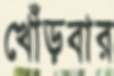
খোঁড়বার